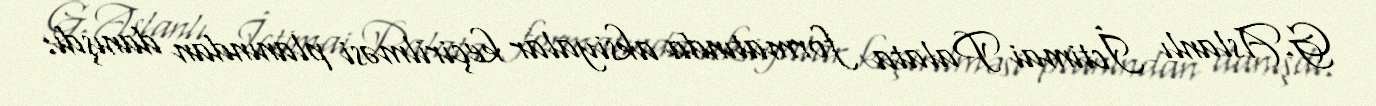
G.Aslanlı İctimai Palata formatında aksiyalar keçirilməsi planından danışdı: